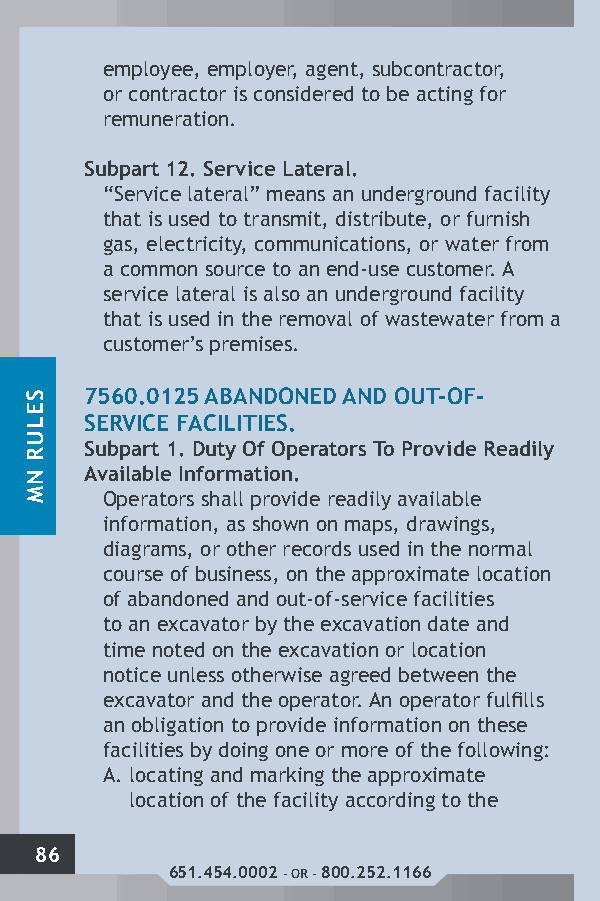
employee, employer, agent, subcontractor,
 or contractor is considered to be acting for
 remuneration.
 Subpart 12. Service Lateral.
 “Service lateral” means an underground facility
 that is used to transmit, distribute, or furnish
 gas, electricity, communications, or water from
 a common source to an end-use customer. A
 service lateral is also an underground facility
 that is used in the removal of wastewater from a
 customer’s premises.
 7560.0125 ABANDONED AND OUT-OF-
 SERVICE FACILITIES.
 Subpart 1. Duty Of Operators To Provide Readily
 Available Information.
 Operators shall provide readily available
 information, as shown on maps, drawings,
 diagrams, or other records used in the normal
 course of business, on the approximate location
 of abandoned and out-of-service facilities
 to an excavator by the excavation date and
 time noted on the excavation or location
 notice unless otherwise agreed between the
 excavator and the operator. An operator fulfills
 an obligation to provide information on these
 facilities by doing one or more of the following:
 A. locating and marking the approximate
 location of the facility according to the
 86
 651.454.0002 - OR - 800.252.1166
 SELUR
 NM